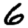
Digit: 6